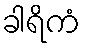
ခါရိကံ